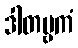
ဒါတဗ္ဗကံ